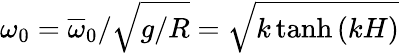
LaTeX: \omega_{0}=\overline{{\omega}}_{0}/\sqrt{g/R}=\sqrt{k\operatorname{tanh}{\left(kH\right)}}